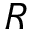
R